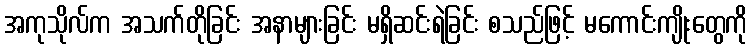
အကုသိုလ်က အသက်တိုခြင်း အနာများခြင်း မရှိဆင်းရဲခြင်း စသည်ဖြင့် မကောင်းကျိုးတွေကို